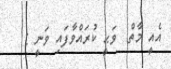
އެއީ މާތް  ވަޙީ ކުރައްވާފައި ވަނީ :